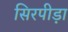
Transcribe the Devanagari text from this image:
सिरपीड़ा